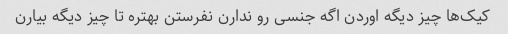
کیک‌ها چیز دیگه اوردن اگه جنسی رو ندارن نفرستن بهتره تا چیز دیگه بیارن